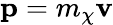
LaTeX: \mathbf{p}=m_{\chi}\mathbf{v}